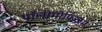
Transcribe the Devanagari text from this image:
पॉलीमोर्फिज़म